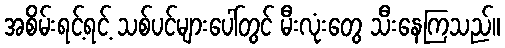
အစိမ်းရင့်ရင့် သစ်ပင်များပေါ်တွင် မီးလုံးတွေ သီးနေကြသည်။